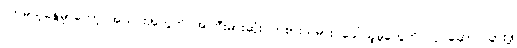
လာမယ့်နွေမှာတော့ အသင်းအတွက် အကြီးမားဆုံး ကစားသမား ခေါ်ယူမှုတွေကို လုပ်ဆောင်သွားဖို့